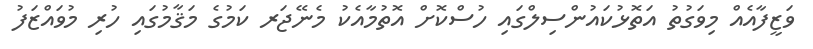
ވަޒީފާއެއް މިވަގުތު އަތޮޅުކައުންސިލްގައި ހުސްކޮށް އޮތުމާއެކު މެނޭޖަރ ކަމުގެ މަޤާމުގައި ހުރި މުވައްޒަފު